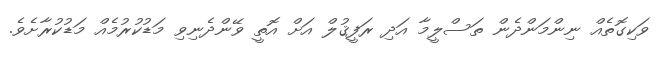
ވަކިގޮތެއް ނިންމަންދެން ތަސްލީމާ އަދި ރަފީޤުލް އަށް އޮތީ ވޭންދެނިވި މަޑުކުރުމެއް މަޑުކުރާށެވެ.